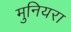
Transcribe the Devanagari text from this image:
मुनियरा